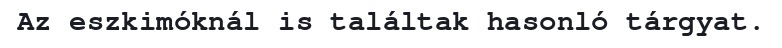
Az eszkimóknál is találtak hasonló tárgyat.